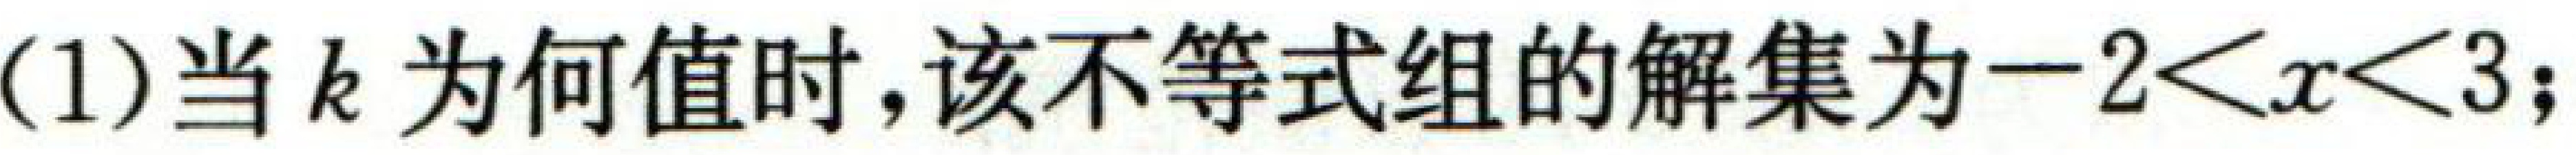
(1)当$k$为何值时,该不等式组的解集为$-2 < x < 3$;